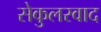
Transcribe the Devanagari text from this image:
सेकुलरवाद